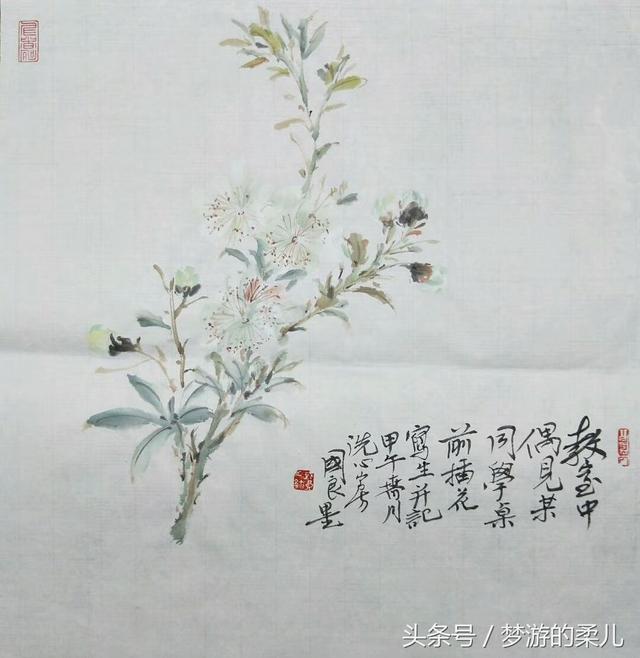
失意还独语，多愁只自知。